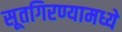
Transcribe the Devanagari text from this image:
सूतगिरण्यामध्ये